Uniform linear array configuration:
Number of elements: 16
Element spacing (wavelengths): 0.75
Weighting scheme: hamming
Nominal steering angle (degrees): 30
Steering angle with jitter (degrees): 30.088
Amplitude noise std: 0.05
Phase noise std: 0.05

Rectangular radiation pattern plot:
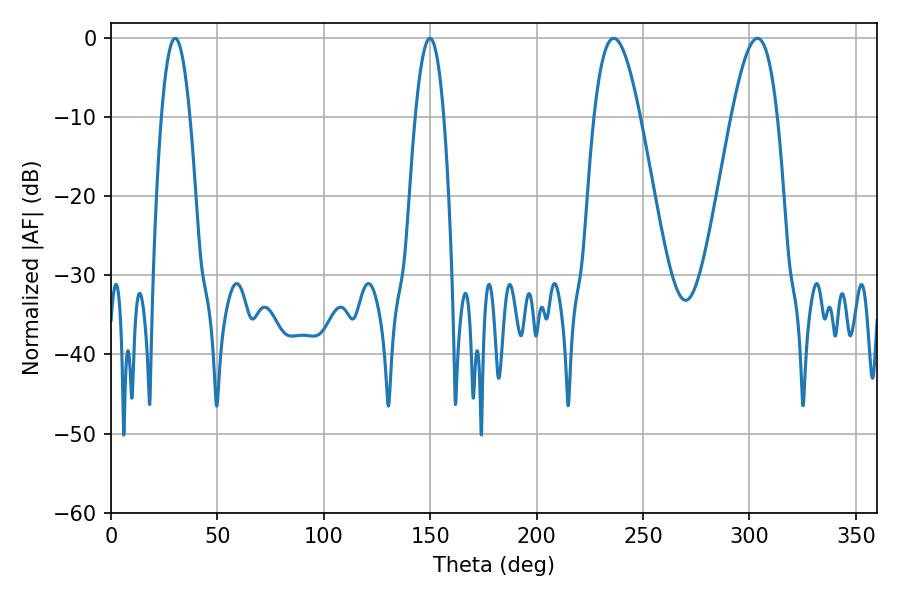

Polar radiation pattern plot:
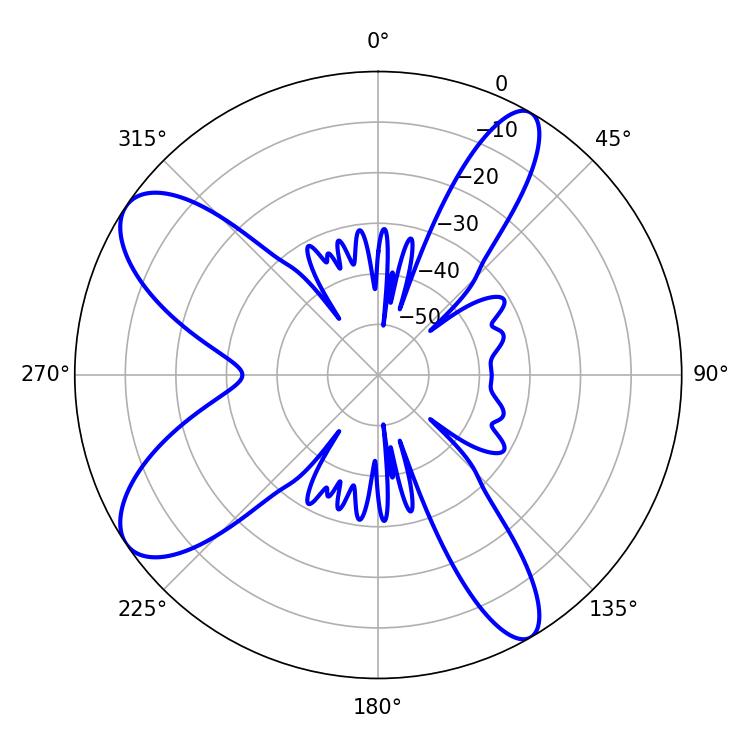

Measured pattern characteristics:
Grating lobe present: TRUE
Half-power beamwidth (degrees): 11.52
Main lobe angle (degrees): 236.16